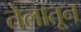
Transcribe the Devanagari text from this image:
तेलातून